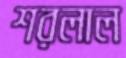
শরলাল